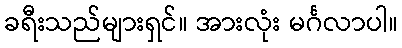
ခရီးသည်များရှင်။ အားလုံး မင်္ဂလာပါ။